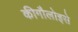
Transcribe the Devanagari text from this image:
कीगौलोइसे